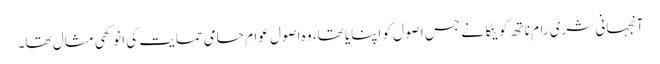
آنجہانی شری رام ناتھ گوینکا نے جس اصول کو اپنایا تھا، وہ اصول عوام حامی حمایت کی انوکھی مثال تھا۔